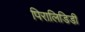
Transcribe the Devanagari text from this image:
पिरालिडिडी